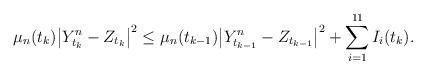
LaTeX: \begin{align*} \mu_n(t_k)\bigl|Y^n_{t_k}-Z_{t_k}\bigr|^2\leq\mu _n(t_{k-1})\bigl|Y^n_{t_{k-1}}-Z_{t_{k-1}}\bigr|^2+\sum_{i=1}^{11}I_i(t_k).\end{align*}